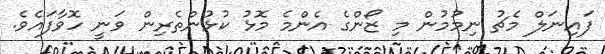
ފައިނަލް މެޗު ނިމުމުން މި ޒޯންގެ އެންމެ މޮޅު ކުޅުންތެރިން ވަނީ ހޮވާފައެވެ.